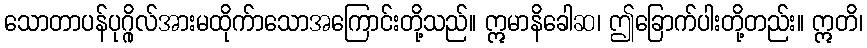
သောတာပန်ပုဂ္ဂိုလ်အားမထိုက်ာသောအကြောင်းတို့သည်။ ဣမာနိခေါဆ၊ ဤခြောက်ပါးတို့တည်း။ ဣတိ၊